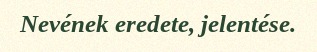
Nevének eredete, jelentése.